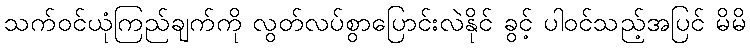
သက်ဝင်ယုံကြည်ချက်ကို လွတ်လပ်စွာပြောင်းလဲနိုင် ခွင့် ပါဝင်သည့်အပြင် မိမိ